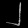
Digit: ၂